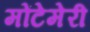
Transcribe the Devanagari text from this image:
मोंटेमेरी